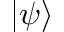
| \psi \rangle